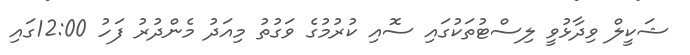
ޝަކީލް ވިދާޅުވީ ލިސްޓުތަކުގައި ސޮއި ކުރުމުގެ ވަގުތު މިއަދު މެންދުރު ފަހު 12:00ގައި